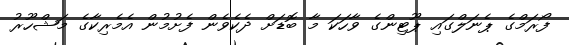
ފޯރަމްގެ ޕެނަލްގައި ޕޫޓިންގެ ވާހަކަ މާ ބޮޑަށް ދެކެވެން ފެށުމުން އެމެރިކާގެ މަޝްހޫރު